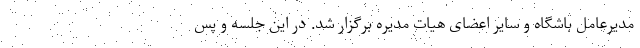
مدیرعامل باشگاه و سایر اعضای هیات مدیره برگزار شد. در این جلسه و پس